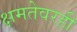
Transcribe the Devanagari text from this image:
क्षमतेवरही